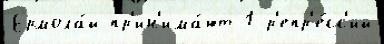
Ермола́й пр'ин'има́ют 1 р'епр'е́сс'ий